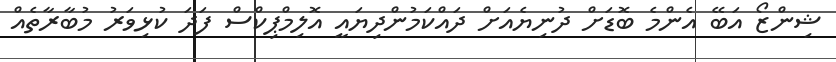
ޝިންޒޯ އަބޭ އެންމެ ބޮޑަށް ދުނިޔެއަށް ދައްކަމުންދިޔައީ އޮލިމްޕިކްސް ފަދަ ކުޅިވަރު މުބާރާތެއް